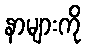
နာများကို